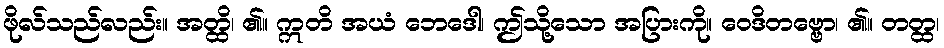
ဖိုလ်သည်လည်း။ အတ္ထိ၊ ၏။ ဣတိ အယံ ဘေဒေါ၊ ဤသို့သော အပြားကို။ ဝေဒိတဗ္ဗော၊ ၏။ တတ္ထ၊